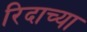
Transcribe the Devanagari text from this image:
रिदाच्या